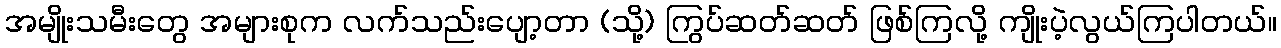
အမျိုးသမီးတွေ အများစုက လက်သည်းပျော့တာ (သို့) ကြွပ်ဆတ်ဆတ် ဖြစ်ကြလို့ ကျိုးပဲ့လွယ်ကြပါတယ်။